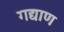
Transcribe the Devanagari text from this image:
गद्याण